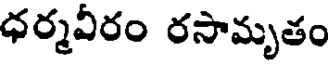
ధర్మవీరం రసామృతం